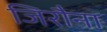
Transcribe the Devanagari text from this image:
जिरौना